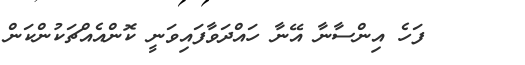
٦     ފަހެ އިންސާނާ އޭނާ ހައްދަވާފައިވަނީ ކޮންއެއްޗަކުންކަން